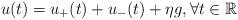
LaTeX: \begin{align*}u(t)=u_+(t)+u_-(t)+\eta g, \forall t\in \mathbb{R}\end{align*}